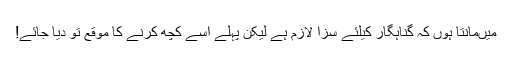
میںمانتا ہوں کہ گناہگار کیلئے سزا لازم ہے لیکن پہلے اسے کچھ کرنے کا موقع تو دیا جائے!